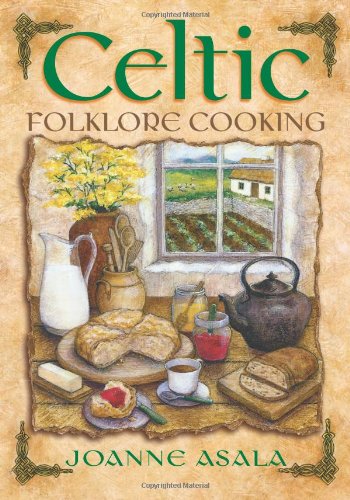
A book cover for Celtic Folklore Cooking; Joanne Asala; Religion & Spirituality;